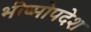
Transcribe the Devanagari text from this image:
भीष्मोपदेश